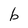
Character: b